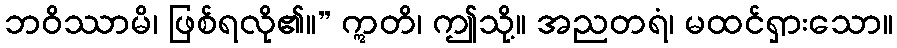
ဘဝိဿာမိ၊ ဖြစ်ရလို၏။” ဣတိ၊ ဤသို့။ အညတရံ၊ မထင်ရှားသော။